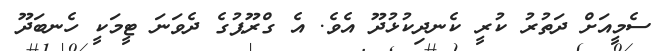
ސެމީއަށް ދަތުރު ކުރީ ކެނދިކުޅުދޫ އެވެ. އެ ގްރޫޕުގެ ދެވަނަ ޓީމަކީ ހެނބަދޫ